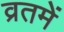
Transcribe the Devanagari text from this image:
व्रतमें